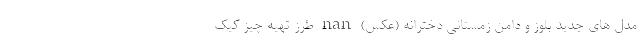
مدل های جدید بلوز و دامن زمستانی دخترانه (عکس) nan طرز تهیه چیز کیک